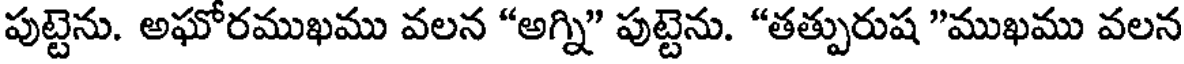
పుట్టెను. అఘోరముఖము వలన "అగ్ని" పుట్టెను. "తత్పురుష "ముఖము వలన